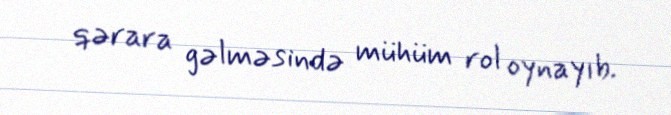
qərara gəlməsində mühüm rol oynayıb.